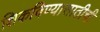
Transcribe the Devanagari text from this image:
शिकविण्यासाठीची